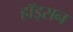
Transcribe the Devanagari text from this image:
हॉड्सन